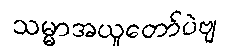
သမ္မာအယူတော်ပဲဗျ